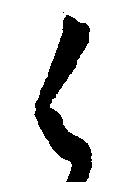
く